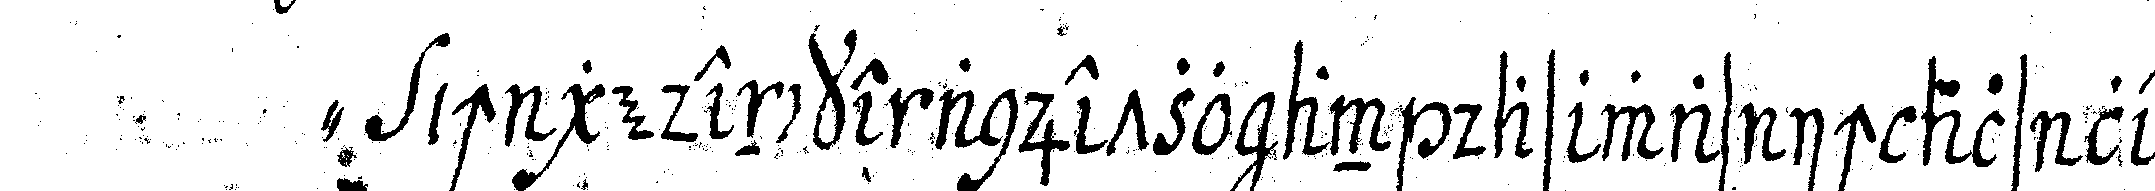
" ich gedencke anjetzo an das was ich als lehr